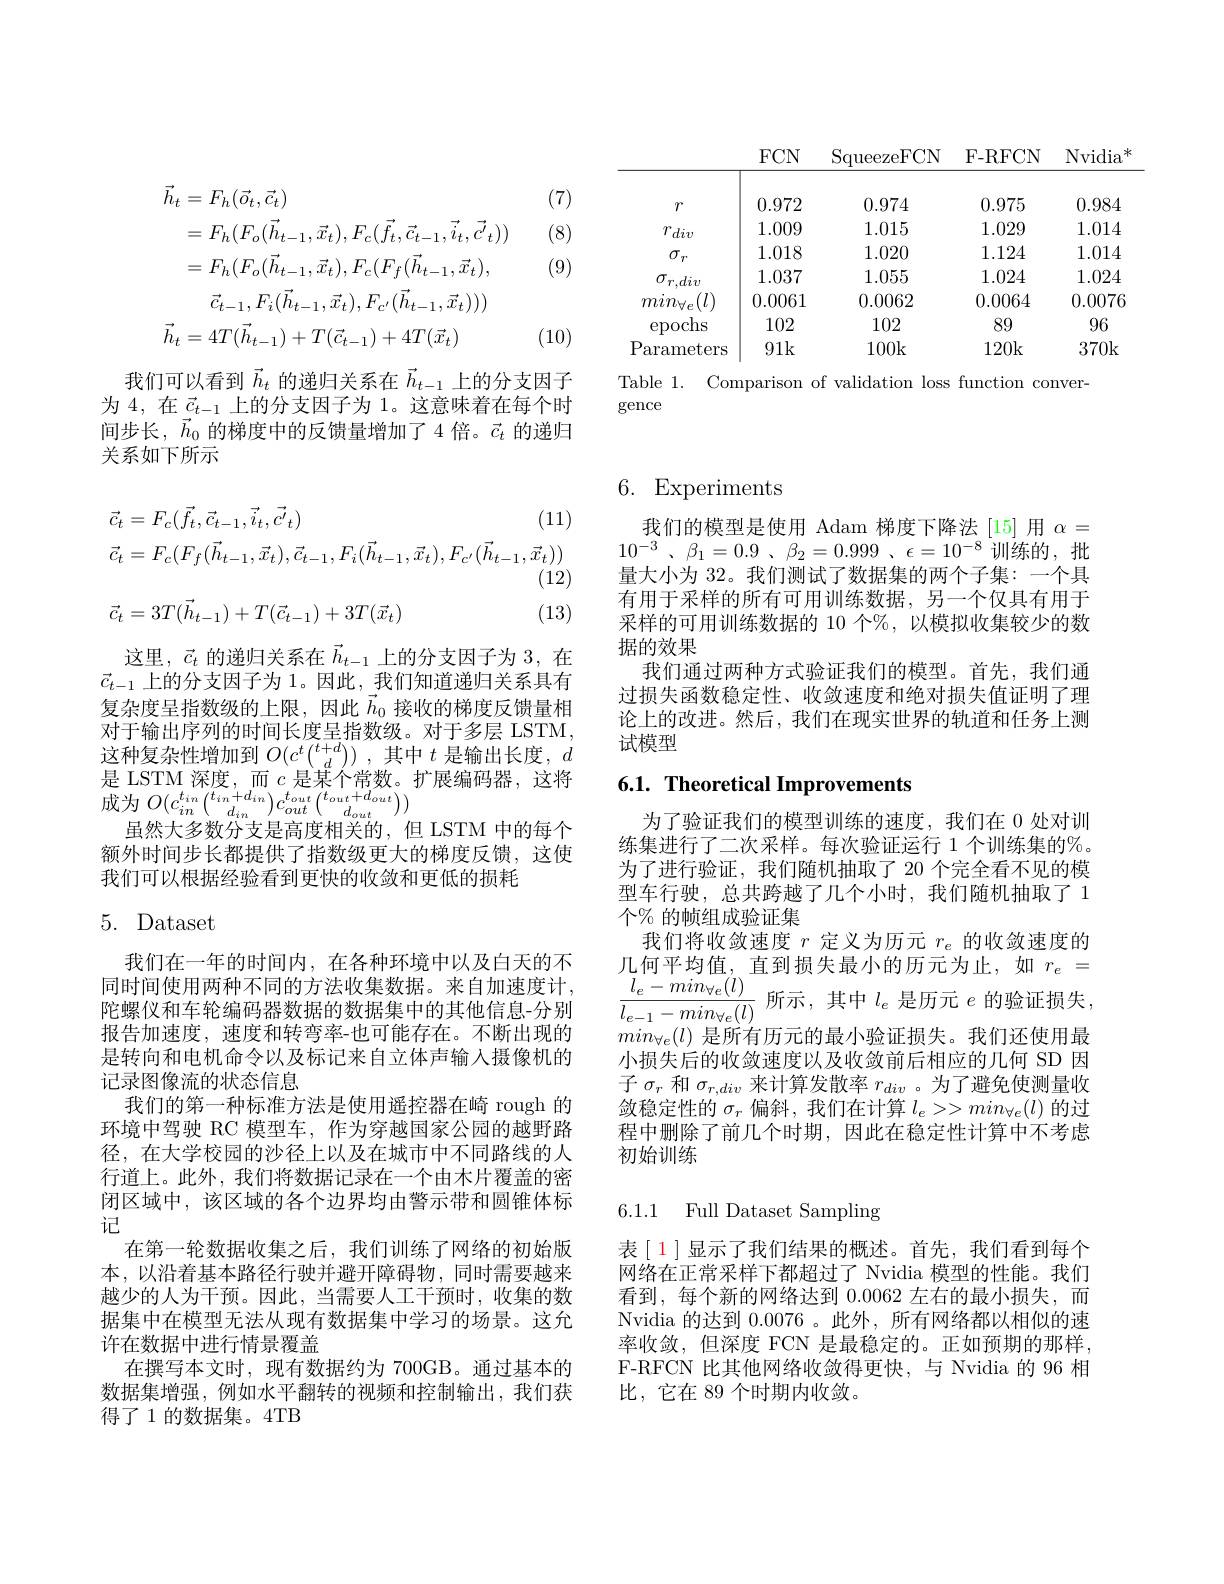
<table>
	<tbody>
		<tr>
			<th> </th>
			<th>$FCN$</th>
			<th>$\operatorname{SqueezeFCN}$</th>
			<th>F- RFCN</th>
			<th>Nvidia</th>
		</tr>
		<tr>
			<td>$r$</td>
			<td>0.972</td>
			<td>0.974</td>
			<td>0.975</td>
			<td>0.984</td>
		</tr>
		<tr>
			<td>$r_{div}$</td>
			<td>1.009</td>
			<td>1.015</td>
			<td>1.029</td>
			<td>1.014</td>
		</tr>
		<tr>
			<td>$\sigma_{r}$</td>
			<td>1.018</td>
			<td>1.020</td>
			<td>1.124</td>
			<td>1.014</td>
		</tr>
		<tr>
			<td>$\sigma_{r,div}$</td>
			<td>1.037</td>
			<td>1.055</td>
			<td>1.024</td>
			<td>1.024</td>
		</tr>
		<tr>
			<td>$(l)$ $min_{\forall e}$</td>
			<td>0.0061</td>
			<td>0.0062</td>
			<td>0.0064</td>
			<td>0.0076</td>
		</tr>
		<tr>
			<td>epochs</td>
			<td>102</td>
			<td>102</td>
			<td>89</td>
			<td>96</td>
		</tr>
		<tr>
			<td>$P.$ $\operatorname{arameters}$</td>
			<td>91k</td>
			<td>100k</td>
			<td>120k</td>
			<td>370k</td>
		</tr>
	</tbody>
</table>

Table 1. Comparison of validation loss function conver-
gence

(7)

(8)

(9)
$$\begin{aligned}\vec{h}_{t}&=F_{h}(\vec{o}_{t},\vec{c}_{t})\\&=F_{h}(F_{o}(\vec{h}_{t-1},\vec{x}_{t}),F_{c}(\vec{f}_{t},\vec{c}_{t-1},\vec{i}_{t},\vec{c^{\prime}}_{t}))\\&=F_{h}(F_{o}(\vec{h}_{t-1},\vec{x}_{t}),F_{c}(F_{f}(\vec{h}_{t-1},\vec{x}_{t}),\\&\vec{c}_{t-1},F_{i}(\vec{h}_{t-1},\vec{x}_{t}),F_{c^{\prime}}(\vec{h}_{t-1},\vec{x}_{t})))\\\vec{h}_{t}&=4T(\vec{h}_{t-1})+T(\vec{c}_{t-1})+4T(\vec{x}_{t})\end{aligned}$$
(10)

我们可以看到$\vec{h}_t$的递归关系在$\vec{h}_{t-1}$上的分支因子为 4, 在$\vec{c}_{t-1}$上的分支因子为 1。这意味着在每个时间步长，$\vec{h}_0$的梯度中的反馈量增加了4 倍。$\vec{c}_t$的递归关系如下所示
$$\begin{aligned}&\vec{c}_{t}=F_{c}(\vec{f}_{t},\vec{c}_{t-1},\vec{i}_{t},\vec{c^{\prime}}_{t})&\text{(11)}\\&\vec{c}_{t}=F_{c}(F_{f}(\vec{h}_{t-1},\vec{x}_{t}),\vec{c}_{t-1},F_{i}(\vec{h}_{t-1},\vec{x}_{t}),F_{c^{\prime}}(\vec{h}_{t-1},\vec{x}_{t}))\\&&\text{(12)}\\&\vec{c}_{t}=3T(\vec{h}_{t-1})+T(\vec{c}_{t-1})+3T(\vec{x}_{t})&\text{(13)}\end{aligned}$$
这里，$\vec{c}_t$的递归关系在$\vec{h}_{t-1}$上的分支因子为 3, 在$\vec{c}_{t-1}$ 上的分支因子为 1。因此，我们知道递归关系具有复杂度呈指数级的上限，因此$\vec{h}_{0}$接收的梯度反馈量相对于输出序列的时间长度呈指数级。对于多层 LSTM, 这种复杂性增加到$O(c^t\binom{t+d}d)$,其中$t$是输出长度，$d$ 是 LSTM 深度，而$c$是某个常数。扩展编码器，这将成为$O(c_{in}^{t_{in}}\binom{t_{in}+d_{in}}{d_{in}}c_{out}^{t_{out}}\binom{t_{out}+d_{out}}{d_{out}})$
虽然大多数分支是高度相关的，但 LSTM 中的每个额外时间步长都提供了指数级更大的梯度反馈，这使我们可以根据经验看到更快的收敛和更低的损耗

# 5. Dataset

我们在一年的时间内，在各种环境中以及白天的不同时间使用两种不同的方法收集数据。来自加速度计， 陀螺仪和车轮编码器数据的数据集中的其他信息-分别报告加速度，速度和转弯率-也可能存在。不断出现的是转向和电机命令以及标记来自立体声输入摄像机的记录图像流的状态信息
我们的第一种标准方法是使用遥控器在崎 rough 的环境中驾驶 RC 模型车，作为穿越国家公园的越野路径，在大学校园的沙径上以及在城市中不同路线的人行道上。此外，我们将数据记录在一个由木片覆盖的密闭区域中，该区域的各个边界均由警示带和圆锥体标记
在第一轮数据收集之后，我们训练了网络的初始版本，以沿着基本路径行驶并避开障碍物，同时需要越来越少的人为干预。因此，当需要人工干预时，收集的数据集中在模型无法从现有数据集中学习的场景。这允许在数据中进行情景覆盖
在撰写本文时，现有数据约为 700GB。通过基本的数据集增强，例如水平翻转的视频和控制输出，我们获得了 1 的数据集。4TB

# 6. Experiments

我们的模型是使用 Adam 梯度下降法[15]用$\alpha=$ $10^{- 3}$ , $\beta _{1}= 0. 9$ $、 \beta _{2}= 0. 999$ , $\epsilon = 10^{- 8}$ 训练的，批量大小为 32。我们测试了数据集的两个子集：一个具有用于采样的所有可用训练数据，另一个仅具有用于采样的可用训练数据的 10 个%,以模拟收集较少的数据的效果
我们通过两种方式验证我们的模型。首先，我们通过损失函数稳定性、收敛速度和绝对损失值证明了理论上的改进。然后，我们在现实世界的轨道和任务上测试模型

# 6.1. Theoretical Improvements

为了验证我们的模型训练的速度，我们在 0 处对训练集进行了二次采样。每次验证运行 1 个训练集的%。为了进行验证，我们随机抽取了 20 个完全看不见的模型车行驶，总共跨越了几个小时，我们随机抽取了 1个$\%$ 的帧组成验证集
我们将收敛速度$r$定义为历元$r_e$的收敛速度的几何平均值，直到损失最小的历元为止，如$r_e=$ $\frac{l_{e}-mnn_{\forall e}(l)}{l_{e-1}-min_{\forall e}(l)}$所示，其中$l_e$ 是历元$e$的验证损失， $min_{\forall e}(l)$是所有历元的最小验证损失。我们还使用最小损失后的收敛速度以及收敛前后相应的几何 SD 因子$\sigma_r$和$\sigma_{r,div}$来计算发散率$r_div$ 。为了避免使测量收敛稳定性的$\sigma_r$偏斜，我们在计算$l_e>>min_\forall e(l)$的过程中删除了前几个时期，因此在稳定性计算中不考虑初始训练

### 6.1.1 Full Dataset Sampling

表[ 1]显示了我们结果的概述。首先，我们看到每个网络在正常采样下都超过了 Nvidia 模型的性能。我们看到，每个新的网络达到 0.0062 左右的最小损失，而Nvidia 的达到 0.0076。此外，所有网络都以相似的速率收敛，但深度 FCN 是最稳定的。正如预期的那样， F-RFCN 比其他网络收敛得更快，与 Nvidia 的 96 相比，它在 89 个时期内收敛。